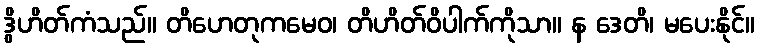
ဒွိဟိတ်ကံသည်။ တိဟေတုကမေဝ၊ တိဟိတ်ဝိပါက်ကိုသာ။ န ဒေတိ၊ မပေးနိုင်။